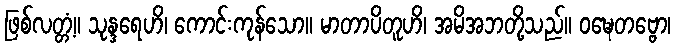
ဖြစ်လတ္တံ့။ သုန္ဒရေဟိ၊ ကောင်းကုန်သော။ မာတာပိတူဟိ၊ အမိအဘတို့သည်။ ဝဍ္ဎေတဗ္ဗော၊